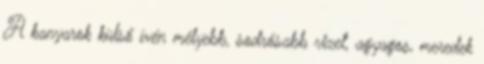
A kanyarok külső ívén mélyebb, sodrósabb vizet, agyagos, meredek